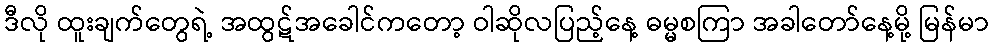
ဒီလို ထူးချက်တွေရဲ့ အထွဋ်အခေါင်ကတော့ ဝါဆိုလပြည့်နေ့ ဓမ္မစကြာ အခါတော်နေ့မို့ မြန်မာ